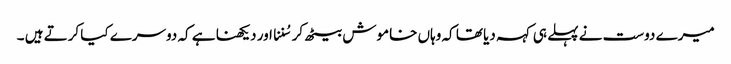
میرے دوست نے پہلے ہی کہہ دیا تھا کہ وہاں خاموش بیٹھ کر سُننا اور دیکھنا ہے کہ دوسرے کیا کرتے ہیں ۔